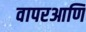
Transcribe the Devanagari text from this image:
वापरआणि